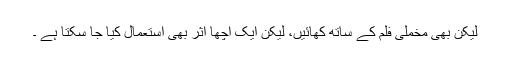
لیکن بھی مخملی فلم کے ساتھ کھائیں، لیکن ایک اچھا اثر بھی استعمال کیا جا سکتا ہے ۔